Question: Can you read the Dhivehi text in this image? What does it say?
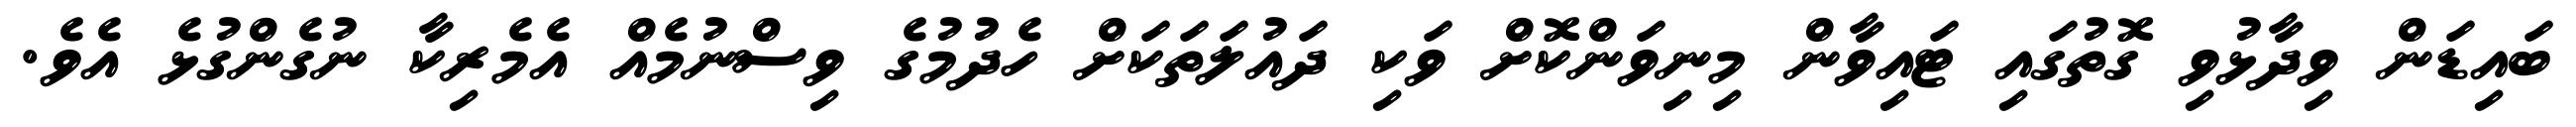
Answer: ބައިޑަން ވިދާޅުވި ގޮތުގައި ޓައިވާން މިނިވަންކޮށް ވަކި ދައުލަތަކަށް ހެދުމުގެ ވިސްނުމެއް އެމެރިކާ ނުގެންގުޅެ އެވެ.